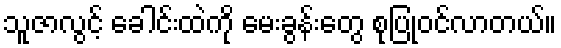
သူဇာလွင့် ခေါင်းထဲကို မေးခွန်းတွေ စုပြုံဝင်လာတယ်။